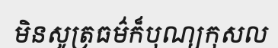
មិនសូត្រធម៌ក៏បុណ្យកុសល